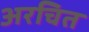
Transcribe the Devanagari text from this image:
अरचित